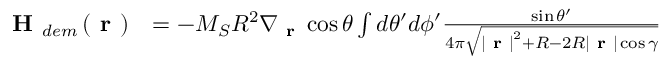
\begin{array} { r l } { \textbf { H } _ { d e m } \left( \textbf { r } \right) } & { = - M _ { S } R ^ { 2 } { \nabla } _ { \textbf { r } } \cos \theta \int d \theta ^ { \prime } d \phi ^ { \prime } \frac { \sin \theta ^ { \prime } } { 4 \pi \sqrt { \left| \textbf { r } \right| ^ { 2 } + R - 2 R \left| \textbf { r } \right| \cos \gamma } } } \end{array}